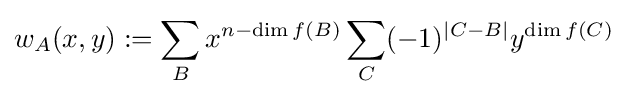
w_{A}(x,y):=\sum _{B}x^{n-\dim f(B)}\sum _{C}(-1)^{|C-B|}y^{\dim f(C)}